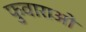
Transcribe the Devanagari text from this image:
फुवाराओ